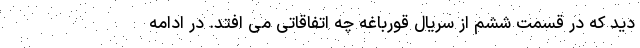
دید که در قسمت ششم از سریال قورباغه چه اتفاقاتی می افتد. در ادامه